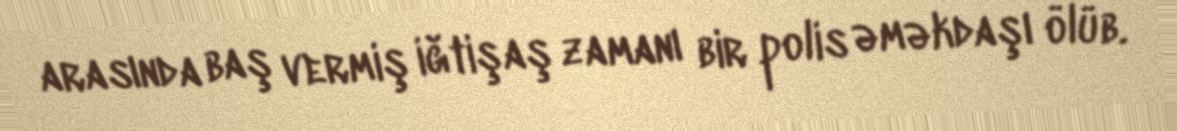
arasında baş vermiş iğtişaş zamanı bir polis əməkdaşı ölüb.